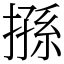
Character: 搎